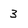
Character: 3